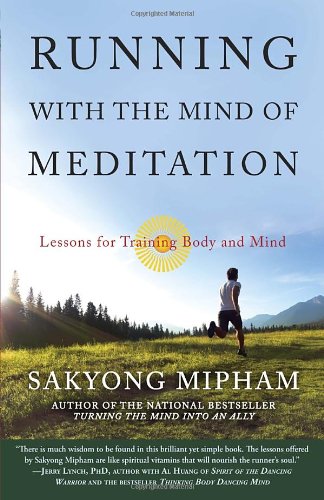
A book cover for Running with the Mind of Meditation: Lessons for Training Body and Mind; Sakyong Mipham; Health, Fitness & Dieting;